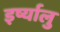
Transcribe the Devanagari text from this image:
इर्ष्यालु